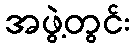
အဖွဲ့တွင်း